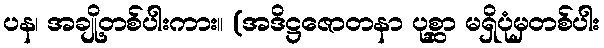
ပန၊ အချို့တစ်ပါးကား။ (အဒိဋ္ဌဇောတနာ ပုစ္ဆာ မရှိပုံမှတစ်ပါး